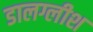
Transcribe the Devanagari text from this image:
डालग्लीश